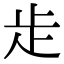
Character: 歨